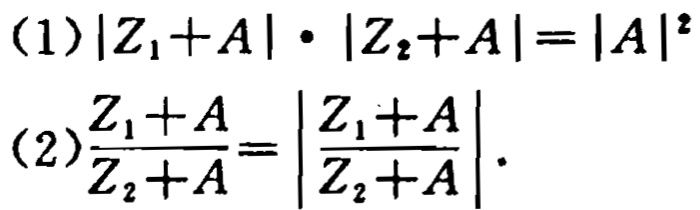
(1)$|Z_{1}+A|\cdot|Z_{2}+A| = |A|^{2}$
(2)$\frac{Z_{1}+A}{Z_{2}+A}=\left|\frac{Z_{1}+A}{Z_{2}+A}\right|$